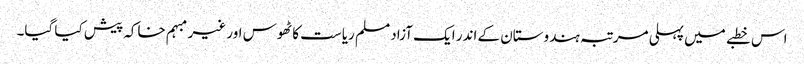
اس خطبے میں پہلی مرتبہ ہندوستان کے اندر ایک آزاد مسلم ریاست کا ٹھوس اور غیر مبہم خاکہ پیش کیا گیا۔